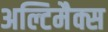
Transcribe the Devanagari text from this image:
अल्टिमैक्स